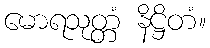
မောရသုတ္တံ နိဋ္ဌိတံ။